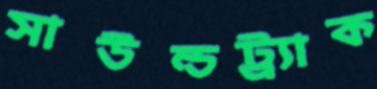
সাউন্ডট্র্যাক